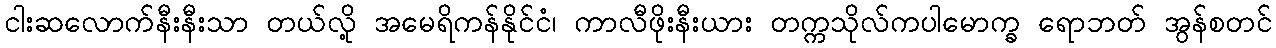
ငါးဆလောက်နီးနီးသာ တယ်လို့ အမေရိကန်နိုင်ငံ၊ ကာလီဖိုးနီးယား တက္ကသိုလ်ကပါမောက္ခ ရောဘတ် အွန်စတင်